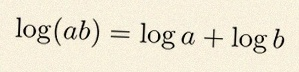
\log(ab)=\log a+\log b